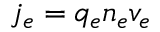
j _ { e } = q _ { e } n _ { e } v _ { e }